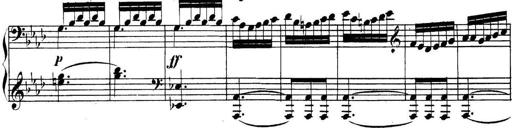
Title: Collected Piano Sonatas
Composer: Muzio Clementi